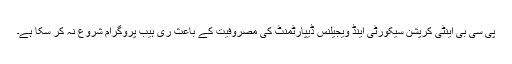
پی سی بی اینٹی کرپشن سیکورٹی اینڈ ویجیلنس ڈیپارٹمنٹ کی مصروفیت کے باعث ری ہیب پروگرام شروع نہ کر سکا ہے۔